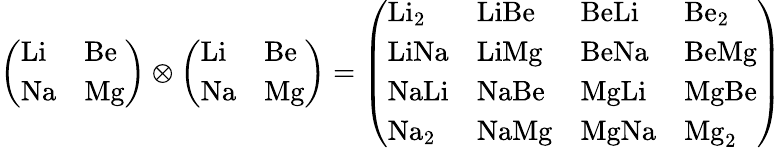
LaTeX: {\left(\begin{array}{ll}{\mathrm{{Li}}}&{\mathrm{{Be}}}\\ {\mathrm{{Na}}}&{\mathrm{{Mg}}}\end{array}\right)}\otimes{\left(\begin{array}{ll}{\mathrm{{Li}}}&{\mathrm{{Be}}}\\ {\mathrm{{Na}}}&{\mathrm{{Mg}}}\end{array}\right)}={\left(\begin{array}{llll}{\mathrm{{Li_{2}}}}&{\mathrm{{LiBe}}}&{\mathrm{{BeLi}}}&{\mathrm{{Be_{2}}}}\\ {\mathrm{{LiNa}}}&{\mathrm{{LiMg}}}&{\mathrm{{BeNa}}}&{\mathrm{{BeMg}}}\\ {\mathrm{{NaLi}}}&{\mathrm{{NaBe}}}&{\mathrm{{MgLi}}}&{\mathrm{{MgBe}}}\\ {\mathrm{{Na_{2}}}}&{\mathrm{{NaMg}}}&{\mathrm{{MgNa}}}&{\mathrm{{Mg_{2}}}}\end{array}\right)}